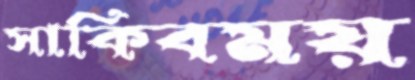
সাকিবময়